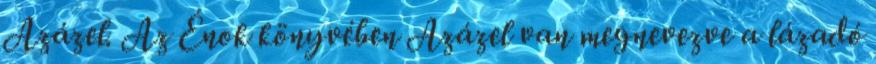
Azázel. Az Énok könyvében Azázel van megnevezve a lázadó